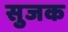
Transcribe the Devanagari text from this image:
सुजक